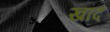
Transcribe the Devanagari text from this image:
खांद